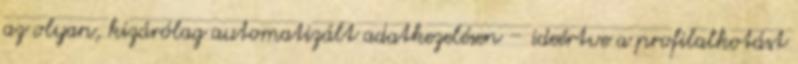
az olyan, kizárólag automatizált adatkezelésen – ideértve a profilalkotást